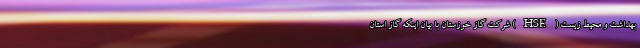
بهداشت و محیط زیست (HSE) شرکت گاز خوزستان با بیان اینکه گاز استان